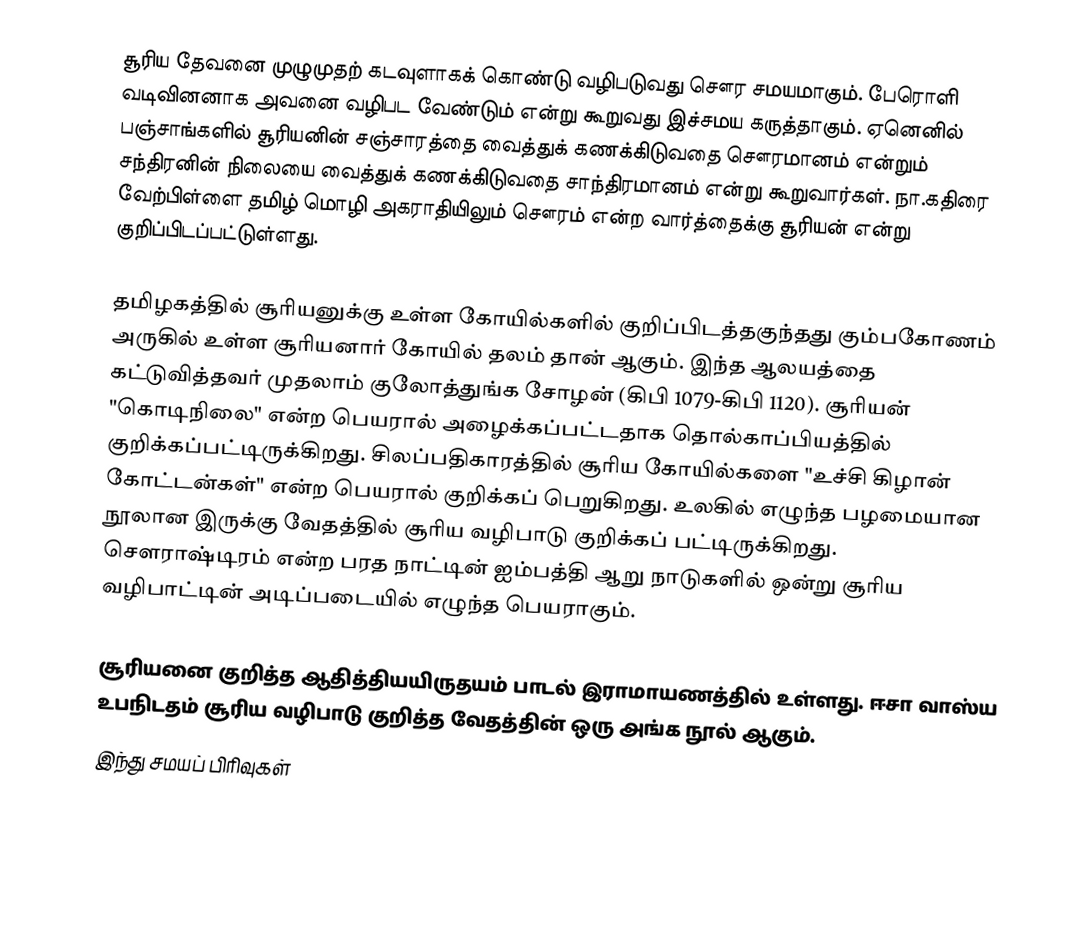
சூரிய தேவனை முழுமுதற் கடவுளாகக் கொண்டு வழிபடுவது சௌர சமயமாகும். பேரொளி வடிவினனாக அவனை வழிபட வேண்டும் என்று கூறுவது இச்சமய கருத்தாகும். ஏனெனில் பஞ்சாங்களில் சூரியனின் சஞ்சாரத்தை வைத்துக் கணக்கிடுவதை சௌரமானம் என்றும் சந்திரனின் நிலையை வைத்துக் கணக்கிடுவதை சாந்திரமானம் என்று கூறுவார்கள். நா.கதிரை வேற்பிள்ளை தமிழ் மொழி அகராதியிலும் சௌரம் என்ற வார்த்தைக்கு சூரியன் என்று குறிப்பிடப்பட்டுள்ளது.

தமிழகத்தில் சூரியனுக்கு உள்ள கோயில்களில் குறிப்பிடத்தகுந்தது கும்பகோணம் அருகில் உள்ள சூரியனார் கோயில் தலம் தான் ஆகும். இந்த ஆலயத்தை கட்டுவித்தவர் முதலாம் குலோத்துங்க சோழன் (கிபி 1079-கிபி 1120). சூரியன் "கொடிநிலை" என்ற பெயரால் அழைக்கப்பட்டதாக தொல்காப்பியத்தில் குறிக்கப்பட்டிருக்கிறது. சிலப்பதிகாரத்தில் சூரிய கோயில்களை "உச்சி கிழான் கோட்டன்கள்" என்ற பெயரால் குறிக்கப் பெறுகிறது. உலகில் எழுந்த பழமையான நூலான இருக்கு வேதத்தில் சூரிய வழிபாடு குறிக்கப் பட்டிருக்கிறது. சௌராஷ்டிரம் என்ற பரத நாட்டின் ஐம்பத்தி ஆறு நாடுகளில் ஒன்று சூரிய வழிபாட்டின் அடிப்படையில் எழுந்த பெயராகும்.

சூரியனை குறித்த ஆதித்தியயிருதயம் பாடல் இராமாயணத்தில் உள்ளது. ஈசா வாஸ்ய உபநிடதம் சூரிய வழிபாடு குறித்த வேதத்தின் ஒரு அங்க நூல் ஆகும்.
இந்து சமயப் பிரிவுகள்